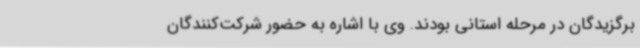
برگزیدگان در مرحله استانی بودند. وی با اشاره به حضور شرکت‌کنندگان